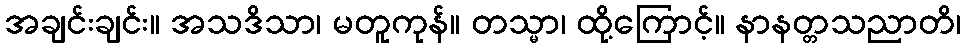
အချင်းချင်း။ အသဒိသာ၊ မတူကုန်။ တသ္မာ၊ ထို့ကြောင့်။ နာနတ္တသညာတိ၊